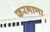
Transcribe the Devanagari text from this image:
फरगाणा